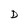
Character: D